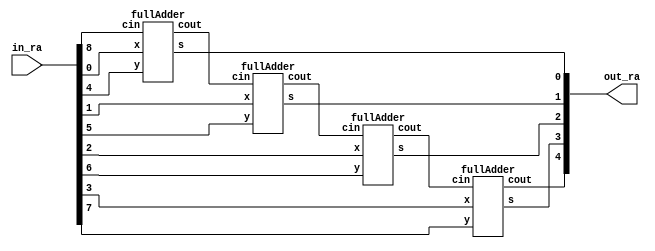
module adder(in_ra, out_ra);
  input [8:0] in_ra;
  output [4:0] out_ra;
  wire w1,w2,w3;

  fullAdder m1(
			.x(in_ra[0]),
			.y(in_ra[4]),
			.cin(in_ra[8]),
			.cout(w1),
			.s(out_ra[0])
	 );

	 fullAdder m2(
			.x(in_ra[1]),
			.y(in_ra[5]),
			.cin(w1),
			.cout(w2),
			.s(out_ra[1])

	 );

	 fullAdder m3(
			.x(in_ra[2]),
			.y(in_ra[6]),
			.cin(w2),
			.cout(w3),
			.s(out_ra[2])

	 );

	 fullAdder m4(
			.x(in_ra[3]),
			.y(in_ra[7]),
			.cin(w3),
			.cout(out_ra[4]),
			.s(out_ra[3])

	 );



endmodule




module fullAdder(x,y,cin,cout,s);

	 input x;
	 input y;
	 input cin;
	 output cout;
	 output s;

	 assign cout = (y & cin) | (y & x) | (cin & x);
	 assign s = (~cin & ~x & y) | (~cin & x & ~y) | (cin & ~x & ~y ) | (cin & x & y);

endmodule